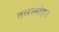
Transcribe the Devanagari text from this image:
तारामोहन